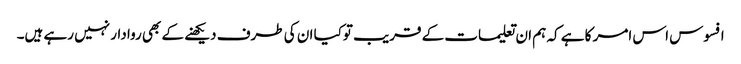
افسوس اس امر کا ہے کہ ہم ان تعلیمات کے قریب توکیا ان کی طرف دیکھنے کے بھی روا دار نہیں رہے ہیں۔